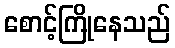
စောင့်ကြိုနေသည်